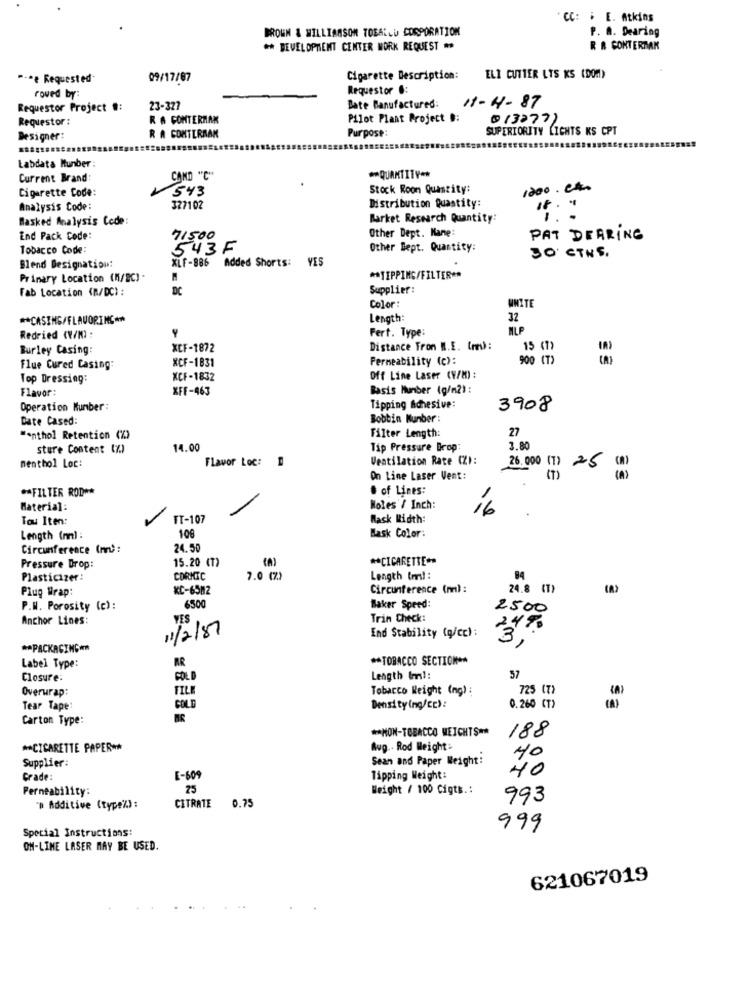
CC: . E. Atkins
BROWN & WILLIAMSON TOEALLU CORPORATION
P. A. Dearing
** DEVELOPMENT CENTER WORK REQUEST ..
R A CONTERTAK
*-* e Requested
09/17/87
Cigarette Description:
ELI CUTTER LTS KS (DOM)
Requestor .:
roved by:
11-14-87
Requestor Project #:
23-327
Bate Manufactured:
Requestor :
R A CONTERMAK
Pilot Plant Project #:
0 13277)
Purpose
SUPERIORITY LICHTS KS CPT
Designer:
R A CONTERAAK
Labdata Itunber :
Current Brand:
CAND "C"
** QUANTITY **
Cigarette Code:
543
Stock Room Quantity:
1200. et.
Analysis Code:
327102
Distribution Quantity:
Basked Analysis Code:
Barket Research Quantity:
Other Dept. Kane:
End Pack Code:
71500
PAT DEARING
Tobacco Code:
543F
Other Bept. Quantity:
30' CTNS.
XLF-886 Added Shorts: VES
Blend Designation:
Primary Location (M/BC) .
** TIPPING/FILTER **
Fab Location (R/DC) :
DC
Supplier :
WHITE
Color:
** CASING/FLAVORING **
Length:
32
Fert. Type:
MLP
Redried (V/M) :
Burley Casing:
XCF-1872
Distance From M.E. [mm) :
15 (7)
XCF-1831
Permeability (c):
900 (T)
Flue Cured Casing:
Top Dressing:
KCF-1832
Off Line Laser (V/M) :
Flavor:
XFF-463
Basis Number (g/m2) :
Operation Kunber:
Tipping Adhesive:
3908
Date Cased:
Bobbin Number :
27
"antho] Retention (%)
Filter Length:
sture Content (7.)
14.00
Tip Pressure Drop:
3.80
nenthol Loc:
Flavor Loc:
Ventilation Rate (Z):
26.000 (1) 25 Cm)
On Line Laser Vent:
** FILTER ROD **
# of Lines:
Material:
Noles / Inch:
16
Tou Iten:
TT-107
Mask Width:
Length (nm) :
108
Bask Color:
Circumference (mr) :
24.50
15.20 (T)
** CIGARETTE **
Pressure Drop:
Plasticizer:
CORICTC
7.0 (%)
Length tri! :
84
Plug Wrap:
KC-6582
Circunference (mi) :
24.8 (T)
6500
P.W. Porosity (c) :
Baker Speed:
2500
Anchor Lines:
YES
Trin Check:
11/2/81
End Stability (g/cc) :
24%
3.
** PACKAGING **
** TOBACCO SECTION **
Label Type:
Closure
COLD
Length (ml:
57
Overwrap:
FILE
Tobacco Weight Ing) :
725 (7)
Tear Tape:
COLD
Density (ng/cc):
0.260 CT)
Carton Type:
** NON-TOBACCO MEICHTS **
188
** CIGARETTE PAPER **
Aug .. Rod Weight :
Supplier:
Sean and Paper Weight:
40
40
Grade:
E-609
Tipping Weight:
Permeability:
25
Weight / 100 Cigts .:
CITRATE
993
"# Additive (type%) :
0.75
Special Instructions:
999
ON-LINE LASER MAY BE USED.
621067019